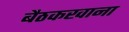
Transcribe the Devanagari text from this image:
बैठकखाना